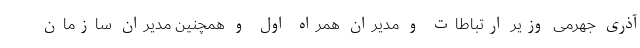
آذری جهرمی وزیر ارتباطات و مدیران همراه اول و همچنین مدیران سازمان